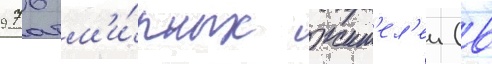
976 м'и́рных жит'ел'еи (в